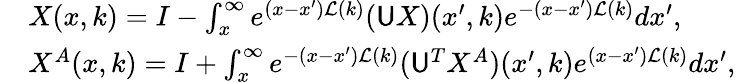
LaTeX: \begin{array}{rl}&{X(x,k)=I-\int_{x}^{\infty}e^{(x-x^{\prime})\mathcal{L}(k)}(\mathsf{U}X)(x^{\prime},k)e^{-(x-x^{\prime})\mathcal{L}(k)}dx^{\prime},}\\ &{X^{A}(x,k)=I+\int_{x}^{\infty}e^{-(x-x^{\prime})\mathcal{L}(k)}(\mathsf{U}^{T}X^{A})(x^{\prime},k)e^{(x-x^{\prime})\mathcal{L}(k)}dx^{\prime},}\end{array}